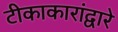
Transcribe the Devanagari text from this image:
टीकाकारांद्वारे